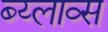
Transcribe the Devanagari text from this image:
ब्य्लाव्स